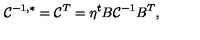
{ \cal C } ^ { - 1 , * } = { \cal C } ^ { T } = \eta ^ { t } B { \cal C } ^ { - 1 } B ^ { T } ,